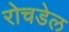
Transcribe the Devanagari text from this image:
रोचडेल